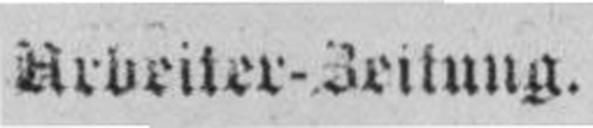
Aruriier-Iritung.